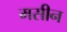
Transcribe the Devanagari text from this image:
मसीन